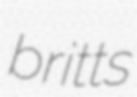
britts